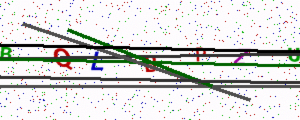
Text: BQLBPZU